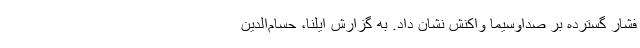
فشار گسترده بر صداوسیما واکنش نشان داد. به گزارش ایلنا، حسام‌الدین